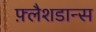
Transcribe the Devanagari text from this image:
फ़्लैशडान्स